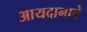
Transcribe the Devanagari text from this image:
आयदानाचे